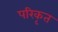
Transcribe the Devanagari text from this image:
परिकृत